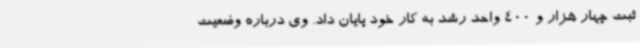
ثبت چهار هزار و 400 واحد رشد به کار خود پایان داد. وی درباره وضعیت